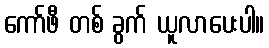
ကော်ဖီ တစ် ခွက် ယူလာပေးပါ။